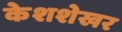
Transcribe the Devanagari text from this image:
केशशेखर